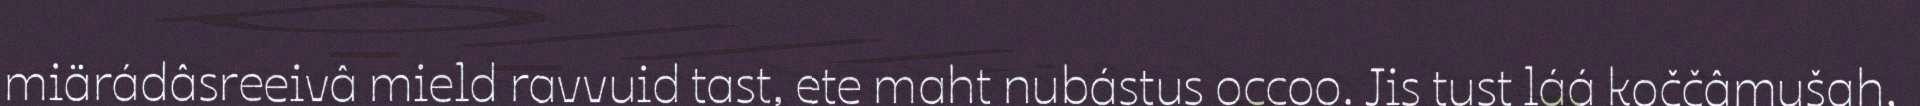
miärádâsreeivâ mield ravvuid tast, ete maht nubástus occoo. Jis tust láá koččâmušah,